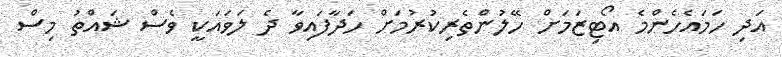
އަދި ހަމައެހެންމެ އޯޓިޒަމަށް ހޭލުންތެރިކުރުމަށް ހަދާފައިވާ ދެ ލަވައަކީ ވެސް ޝައްތު މިސް